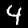
Label: 4